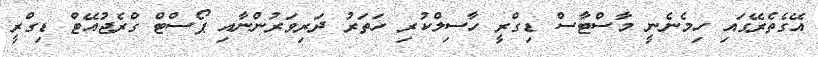
އޭގެތެރޭގައި ހިމެނެނީ މާސްޓާސް ޑިގްރީ ހާސިލްކުރި ހަތަރު ދަރިވަރުންނާއި ޕޯސްޓް ގްރެޖުއޭޓް ޑިގްރީ